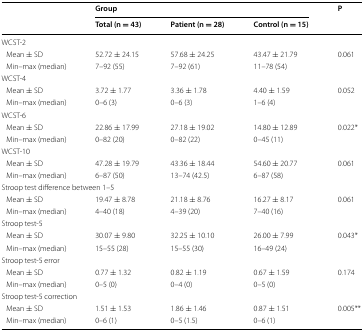
<table><thead><tr><td rowspan="2"></td><td colspan="3"><b>Group</b></td><td rowspan="2"><b>P</b></td></tr><tr><td><b>Total (n = 43)</b></td><td><b>Patient (n = 28)</b></td><td><b>Control (n = 15)</b></td></tr></thead><tbody><tr><td colspan="5">WCST-2</td></tr><tr><td> Mean ± SD</td><td>52.72 ± 24.15</td><td>57.68 ± 24.25</td><td>43.47 ± 21.79</td><td rowspan="2">0.061</td></tr><tr><td> Min–max (median)</td><td>7–92 (55)</td><td>7–92 (61)</td><td>11–78 (54)</td></tr><tr><td colspan="5">WCST-4</td></tr><tr><td> Mean ± SD</td><td>3.72 ± 1.77</td><td>3.36 ± 1.78</td><td>4.40 ± 1.59</td><td rowspan="2">0.052</td></tr><tr><td> Min–max (median)</td><td>0–6 (3)</td><td>0–6 (3)</td><td>1–6 (4)</td></tr><tr><td colspan="5">WCST-6</td></tr><tr><td> Mean ± SD</td><td>22.86 ± 17.99</td><td>27.18 ± 19.02</td><td>14.80 ± 12.89</td><td rowspan="2">0.022*</td></tr><tr><td> Min–max (median)</td><td>0–82 (20)</td><td>0–82 (22)</td><td>0–45 (11)</td></tr><tr><td colspan="5">WCST-10</td></tr><tr><td> Mean ± SD</td><td>47.28 ± 19.79</td><td>43.36 ± 18.44</td><td>54.60 ± 20.77</td><td>0.061</td></tr><tr><td> Min–max (median)</td><td>6–87 (50)</td><td>13–74 (42.5)</td><td>6–87 (58)</td><td></td></tr><tr><td colspan="5">Stroop test difference between 1–5</td></tr><tr><td> Mean ± SD</td><td>19.47 ± 8.78</td><td>21.18 ± 8.76</td><td>16.27 ± 8.17</td><td rowspan="2">0.061</td></tr><tr><td> Min–max (median)</td><td>4–40 (18)</td><td>4–39 (20)</td><td>7–40 (16)</td></tr><tr><td colspan="5">Stroop test-5</td></tr><tr><td> Mean ± SD</td><td>30.07 ± 9.80</td><td>32.25 ± 10.10</td><td>26.00 ± 7.99</td><td rowspan="2">0.043*</td></tr><tr><td> Min–max (median)</td><td>15–55 (28)</td><td>15–55 (30)</td><td>16–49 (24)</td></tr><tr><td colspan="5">Stroop test-5 error</td></tr><tr><td> Mean ± SD</td><td>0.77 ± 1.32</td><td>0.82 ± 1.19</td><td>0.67 ± 1.59</td><td rowspan="2">0.174</td></tr><tr><td> Min–max (median)</td><td>0–5 (0)</td><td>0–4 (0)</td><td>0–5 (0)</td></tr><tr><td colspan="5">Stroop test-5 correction</td></tr><tr><td> Mean ± SD</td><td>1.51 ± 1.53</td><td>1.86 ± 1.46</td><td>0.87 ± 1.51</td><td rowspan="2">0.005**</td></tr><tr><td> Min–max (median)</td><td>0–6 (1)</td><td>0–5 (1.5)</td><td>0–6 (1)</td></tr></tbody></table>